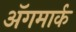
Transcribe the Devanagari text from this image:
अॅगमार्क